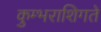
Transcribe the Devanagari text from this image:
कुम्भराशिगते